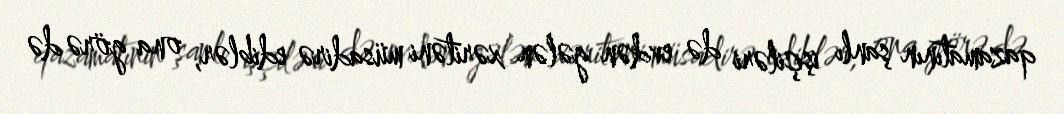
qazamatının şanlı işçiləri də evdən gələn xəritəni müsadirə ediblər, ona görə də